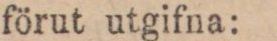
förut utgifna: